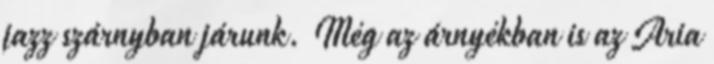
jazz szárnyban járunk. Még az árnyékban is az Aria